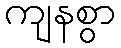
ကျနစွာ